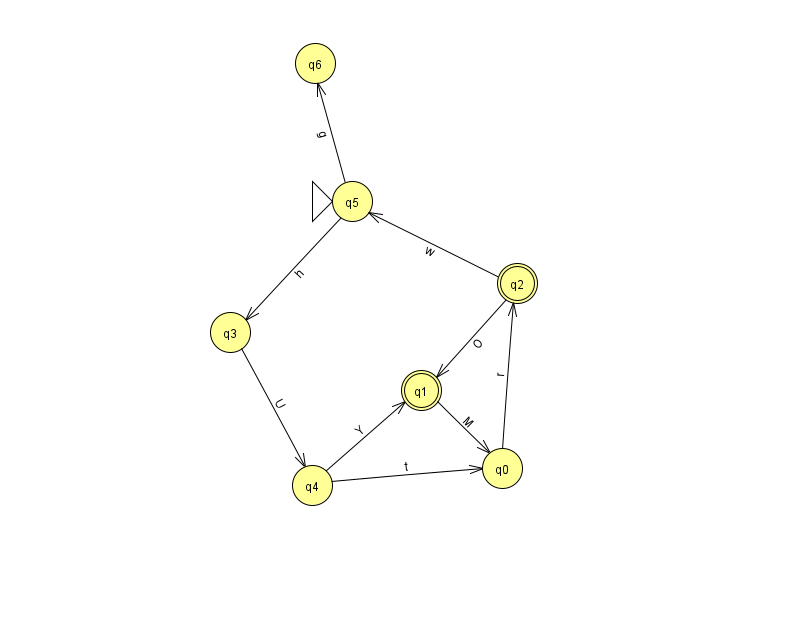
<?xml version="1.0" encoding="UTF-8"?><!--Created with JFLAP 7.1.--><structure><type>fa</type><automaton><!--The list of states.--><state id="0" name="q0"><x>502.0</x><y>455.0</y></state><state id="1" name="q1"><x>421.0</x><y>377.0</y><final/></state><state id="2" name="q2"><x>517.0</x><y>270.0</y><final/></state><state id="3" name="q3"><x>230.0</x><y>319.0</y></state><state id="4" name="q4"><x>312.0</x><y>472.0</y></state><state id="5" name="q5"><x>352.0</x><y>188.0</y><initial/></state><state id="6" name="q6"><x>315.0</x><y>50.0</y></state><!--The list of transitions.--><transition><from>2</from><to>1</to><read>O</read></transition><transition><from>3</from><to>4</to><read>U</read></transition><transition><from>2</from><to>5</to><read>w</read></transition><transition><from>5</from><to>3</to><read>h</read></transition><transition><from>5</from><to>6</to><read>g</read></transition><transition><from>0</from><to>2</to><read>r</read></transition><transition><from>1</from><to>0</to><read>M</read></transition><transition><from>4</from><to>0</to><read>t</read></transition><transition><from>4</from><to>1</to><read>Y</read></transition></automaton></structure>